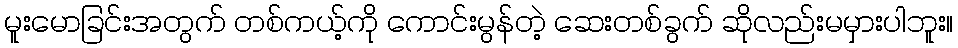
မူးမောခြင်းအတွက် တစ်ကယ့်ကို ကောင်းမွန်တဲ့ ဆေးတစ်ခွက် ဆိုလည်းမမှားပါဘူး။